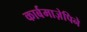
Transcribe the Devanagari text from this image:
कार्बमाज़ेपिने